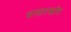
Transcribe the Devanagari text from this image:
थालारक्टोस